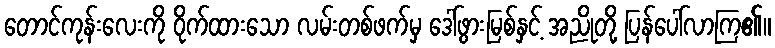
တောင်ကုန်းလေးကို ဝိုက်ထားသော လမ်းတစ်ဖက်မှ ဒေါ်ဖွားမြစ်နှင့် အညိုတို့ ပြန်ပေါ်လာကြ၏။